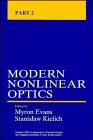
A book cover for Modern Nonlinear Optics, Part 2 (Advances in Chemical Physics, Vol. 85) (Volume 85); Science & Math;